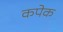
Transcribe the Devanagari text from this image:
कपेक